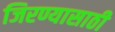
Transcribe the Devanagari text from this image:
जिरण्यासाठी